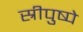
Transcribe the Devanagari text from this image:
स्रीपुष्पे